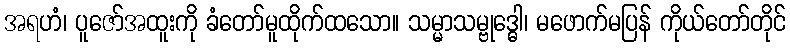
အရဟံ၊ ပူဇော်အထူးကို ခံတော်မူထိုက်ထသော။ သမ္မာသမ္ဗုဒ္ဓေါ၊ မဖောက်မပြန် ကိုယ်တော်တိုင်